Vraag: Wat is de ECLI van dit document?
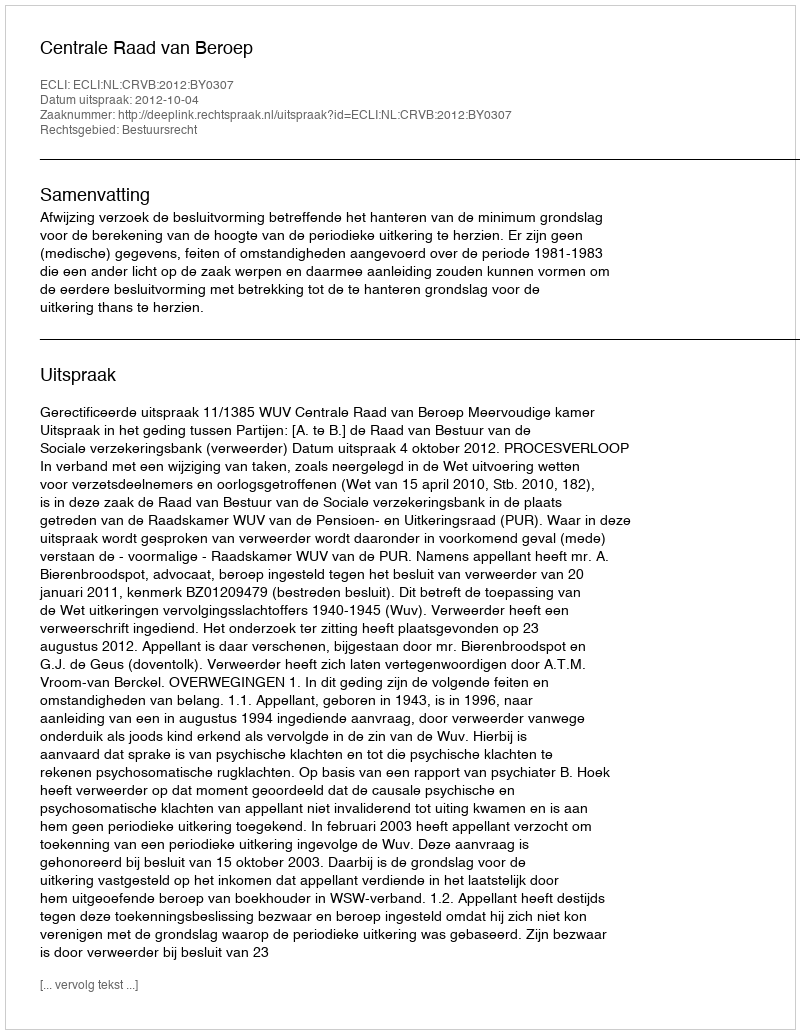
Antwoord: ECLI:NL:CRVB:2012:BY0307